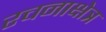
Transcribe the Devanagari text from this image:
रचनाक्षेत्र